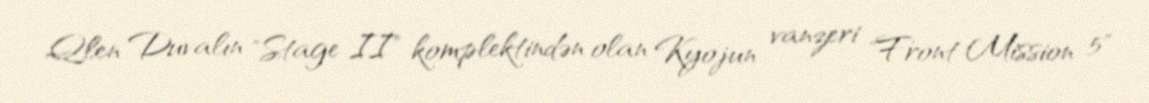
Qlen Duvalın "Stage II" komplektindən olan Kyojun vanzeri "Front Mission 5"